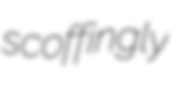
scoffingly